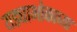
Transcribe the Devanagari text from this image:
यड्याभोकाच्या